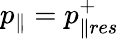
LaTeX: p_{\parallel}=p_{\parallel res}^{+}